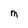
Character: m